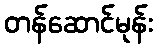
တန်ဆောင်မုန်း